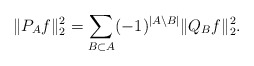
\begin{align*} \|P_A f\|_2^2 = \sum_{B \subset A} (-1)^{|A\setminus B|} \|Q_B f\|_2^2.\end{align*}